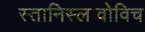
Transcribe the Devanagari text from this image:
स्तानिस्लावोविच